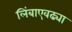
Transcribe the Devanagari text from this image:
लिंबाएवढ्या